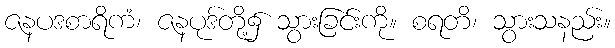
ဇနပဒစာရိကံ၊ ဇနပုဒ်တို့၌ သွားခြင်းကို။ စရတိ၊ သွားသနည်း။